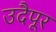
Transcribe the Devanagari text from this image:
उदैपूर